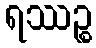
ရဿဉ္စ